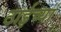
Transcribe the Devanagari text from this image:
ठाईच्या